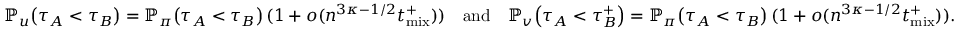
\mathbb { P } _ { u } \! \left( \tau _ { A } < \tau _ { B } \right) = \mathbb { P } _ { \pi } \! \left( \tau _ { A } < \tau _ { B } \right) ( 1 + o ( n ^ { 3 \kappa - 1 / 2 } { t _ { \mathrm { m i x } } ^ { + } } ) ) \ \ \mathrm { ~ a n d ~ } \ \ \mathbb { P } _ { v } \! \left( \tau _ { A } < \tau _ { B } ^ { + } \right) = \mathbb { P } _ { \pi } \! \left( \tau _ { A } < \tau _ { B } \right) ( 1 + o ( n ^ { 3 \kappa - 1 / 2 } { t _ { \mathrm { m i x } } ^ { + } } ) ) .